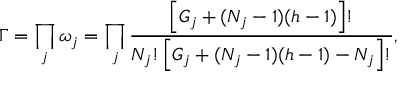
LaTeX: \Gamma = \prod _ { j } \omega _ { j } = \prod _ { j } \frac { \left[ G _ { j } + ( N _ { j } - 1 ) ( h - 1 ) \right] ! } { N _ { j } ! \left[ G _ { j } + ( N _ { j } - 1 ) ( h - 1 ) - N _ { j } \right] ! } ,